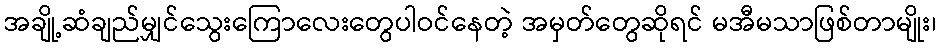
အချို့ဆံချည်မျှင်သွေးကြောလေးတွေပါဝင်နေတဲ့ အမှတ်တွေဆိုရင် မအီမသာဖြစ်တာမျိုး၊